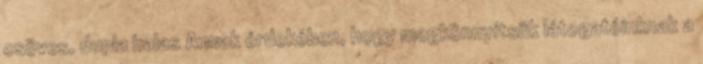
csöves, dupla halas Annak érdekében, hogy megkönnyítsük látogatóinknak a